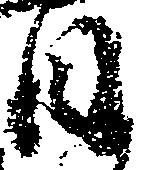
日